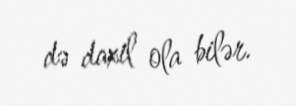
də daxil ola bilər.